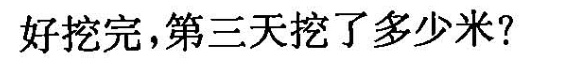
好挖完，第三天挖了多少米?